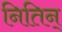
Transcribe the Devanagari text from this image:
नितिन्